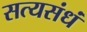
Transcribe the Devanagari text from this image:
सत्यसंधं